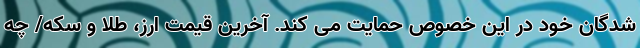
شدگان خود در این خصوص حمایت می کند. آخرین قیمت ارز، طلا و سکه/ چه